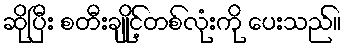
ဆိုပြီး စတီးချိုင့်တစ်လုံးကို ပေးသည်။